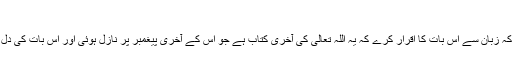
ایمان وتعطیم
ماننے کا مطلب یہ ہے کہ زبان سے اس بات کا اقرار کرے کہ یہ اللہ تعالیٰ کی آخری کتاب ہے جو اس کے آخری پیغمبر پر نازل ہوئی اور اس بات کی دل سے تصدیق بھی کرے۔